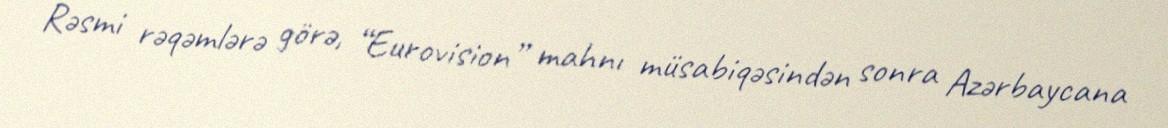
Rəsmi rəqəmlərə görə, “Eurovision” mahnı müsabiqəsindən sonra Azərbaycana